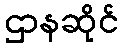
ဌာနဆိုင်